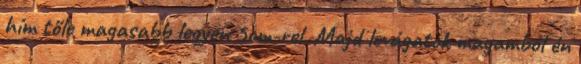
hím tőle magasabb legyen 5cm-rel. Majd levágatok magamból én